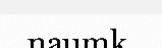
naumk